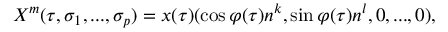
X ^ { m } ( \tau , \sigma _ { 1 } , . . . , \sigma _ { p } ) = x ( \tau ) ( \cos \varphi ( \tau ) n ^ { k } , \sin \varphi ( \tau ) n ^ { l } , 0 , . . . , 0 ) ,